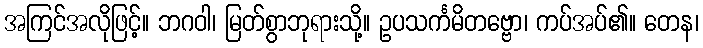
အကြင်အလိုဖြင့်။ ဘဂဝါ၊ မြတ်စွာဘုရားသို့။ ဥပသင်္ကမိတဗ္ဗော၊ ကပ်အပ်၏။ တေန၊